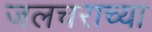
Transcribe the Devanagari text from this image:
जलचराच्या